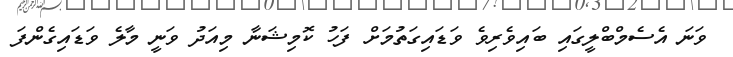
ވަނަ އެސެމްބްލީގައި ބައިވެރިވެ ވަޑައިގަތުމަށް ފަހު ކޮމިޝަނާ މިއަދު ވަނީ މާލެ ވަޑައިގެންފަ